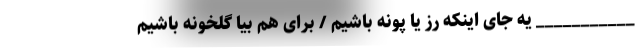
___________ یه جای اینکه رز یا پونه باشیم / برای هم بیا گلخونه باشیم